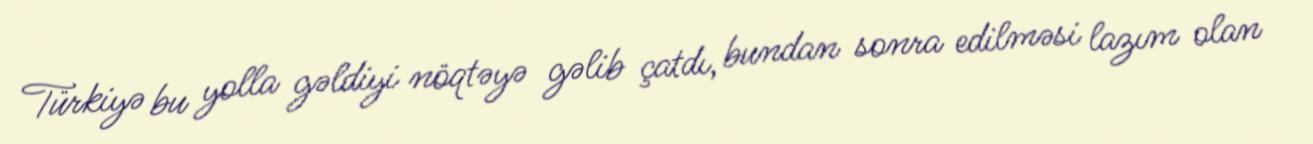
Türkiyə bu yolla gəldiyi nöqtəyə gəlib çatdı, bundan sonra edilməsi lazım olan